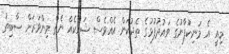
މިއީ އެ މަނިކުފާނުގެ ވައުދުފުޅުގެ ތެދުކަން އެއްވެސް ޝައްކެއް ނެތް މިންވަރަށް ސާބިތު